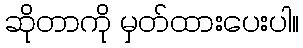
ဆိုတာကို မှတ်ထားပေးပါ။